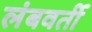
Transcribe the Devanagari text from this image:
लंबवर्ती